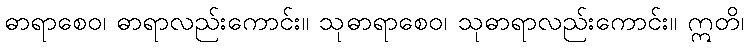
ဓာရာစေဝ၊ ဓာရာလည်းကောင်း။ သုဓာရာစေဝ၊ သုဓာရာလည်းကောင်း။ ဣတိ၊